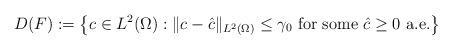
LaTeX: \begin{align*}D(F): = \left\{ c\in L^2(\Omega) : \|c-\hat{c}\|_{ L^2(\Omega)}\leq \gamma_0 \mbox{ for some }\hat{c}\ge 0 \mbox{ a.e.}\right\}\end{align*}